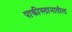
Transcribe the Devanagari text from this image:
पाकीस्तानातील